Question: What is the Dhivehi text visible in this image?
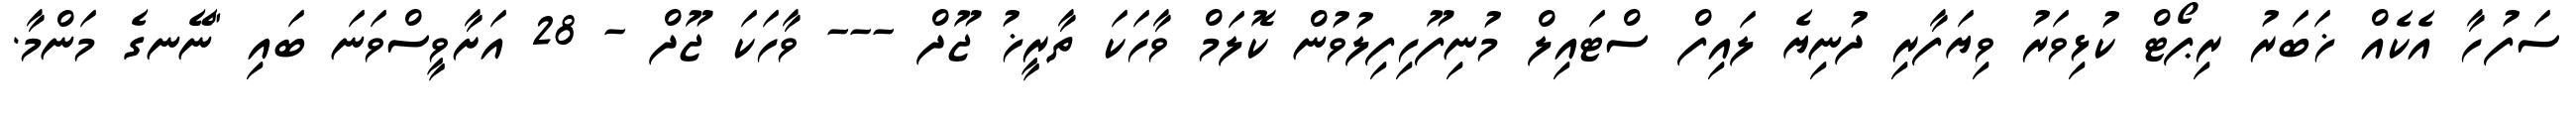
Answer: ސަފުހާ އެކެއް ޚަބަރު ރިޕޯޓް ކުޅިވަރު ވިޔަފާރި ދުނިޔެ ލައިފް ސްޓައިލް މުނިފޫހިފިލުވުން ކޮލަމް ވާހަކަ ތާރީޚު ޖޫދް --- ވާހަކަ ޖޫދް - 28 އަށާވީސްވަނަ ބައި "ނޭނގެ މަންމާ.